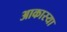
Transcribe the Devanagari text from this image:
आकास्या